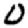
Digit: 0